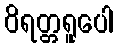
ဝိရတ္တရူပေါ